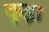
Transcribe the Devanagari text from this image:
कुइ।